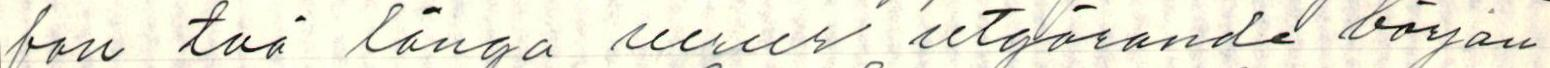
fon två långa verser utgörande början